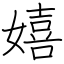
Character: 嬉